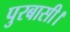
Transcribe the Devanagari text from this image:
पुरबासी।